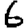
Digit: 6